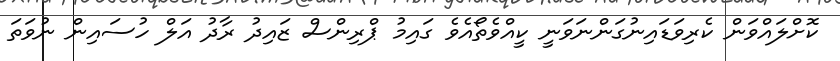
ކޮށްލައްވަން ކެރިވަޑައިނުގަންނަވަނީ ކީއްވެތޯއެވެ ގައިމު ޕްރިންސް ޒައިދު ރާދު އަލް ހުސައިން ނުވަތަ